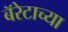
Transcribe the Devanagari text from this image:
बॅरेटाच्या